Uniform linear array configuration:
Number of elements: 24
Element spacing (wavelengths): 0.5
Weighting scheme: kaiser
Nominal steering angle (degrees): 15
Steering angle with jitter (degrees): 15.618
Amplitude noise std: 0.05
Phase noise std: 0.05

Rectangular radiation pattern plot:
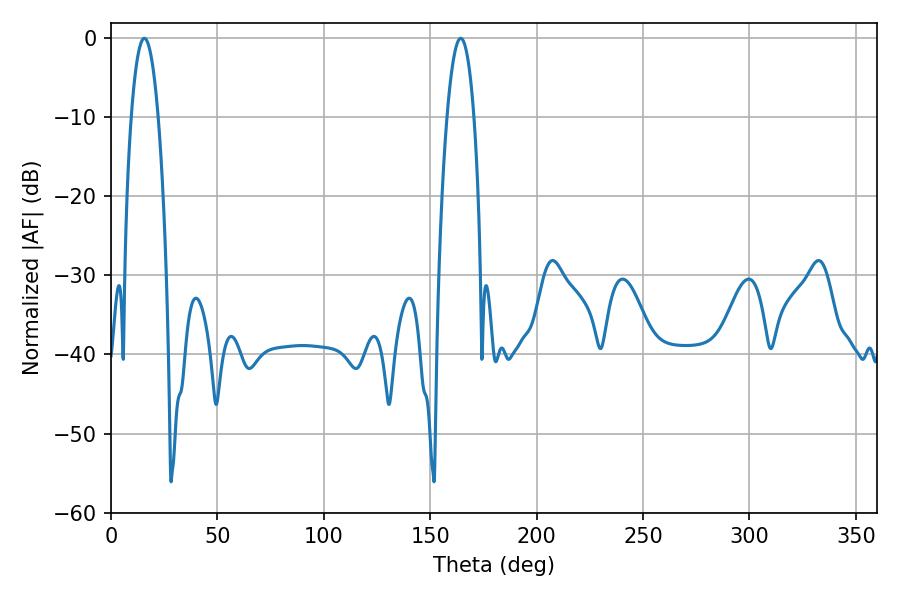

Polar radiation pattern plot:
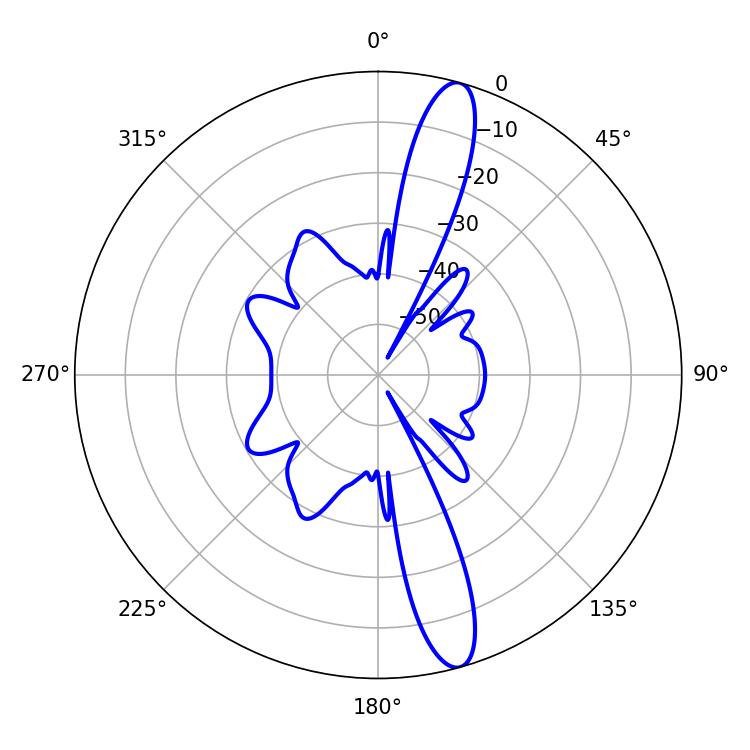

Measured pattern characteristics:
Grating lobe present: FALSE
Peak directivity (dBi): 14.523
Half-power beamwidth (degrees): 7.02
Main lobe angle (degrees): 15.66